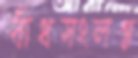
বাঁধসংলগ্ন